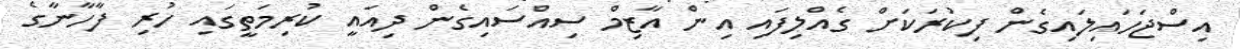
އިސްޖަހައިލައިގެން ފިކުރަކަށް ގެއްލިފައި އިން އާޒިމް ސިއްސައިގެން ދިއައީ ކުރިމަތީގައި ހުރި ފާހާނާގެ